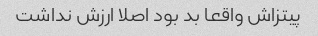
پیتزاش واقعا بد بود اصلا ارزش نداشت